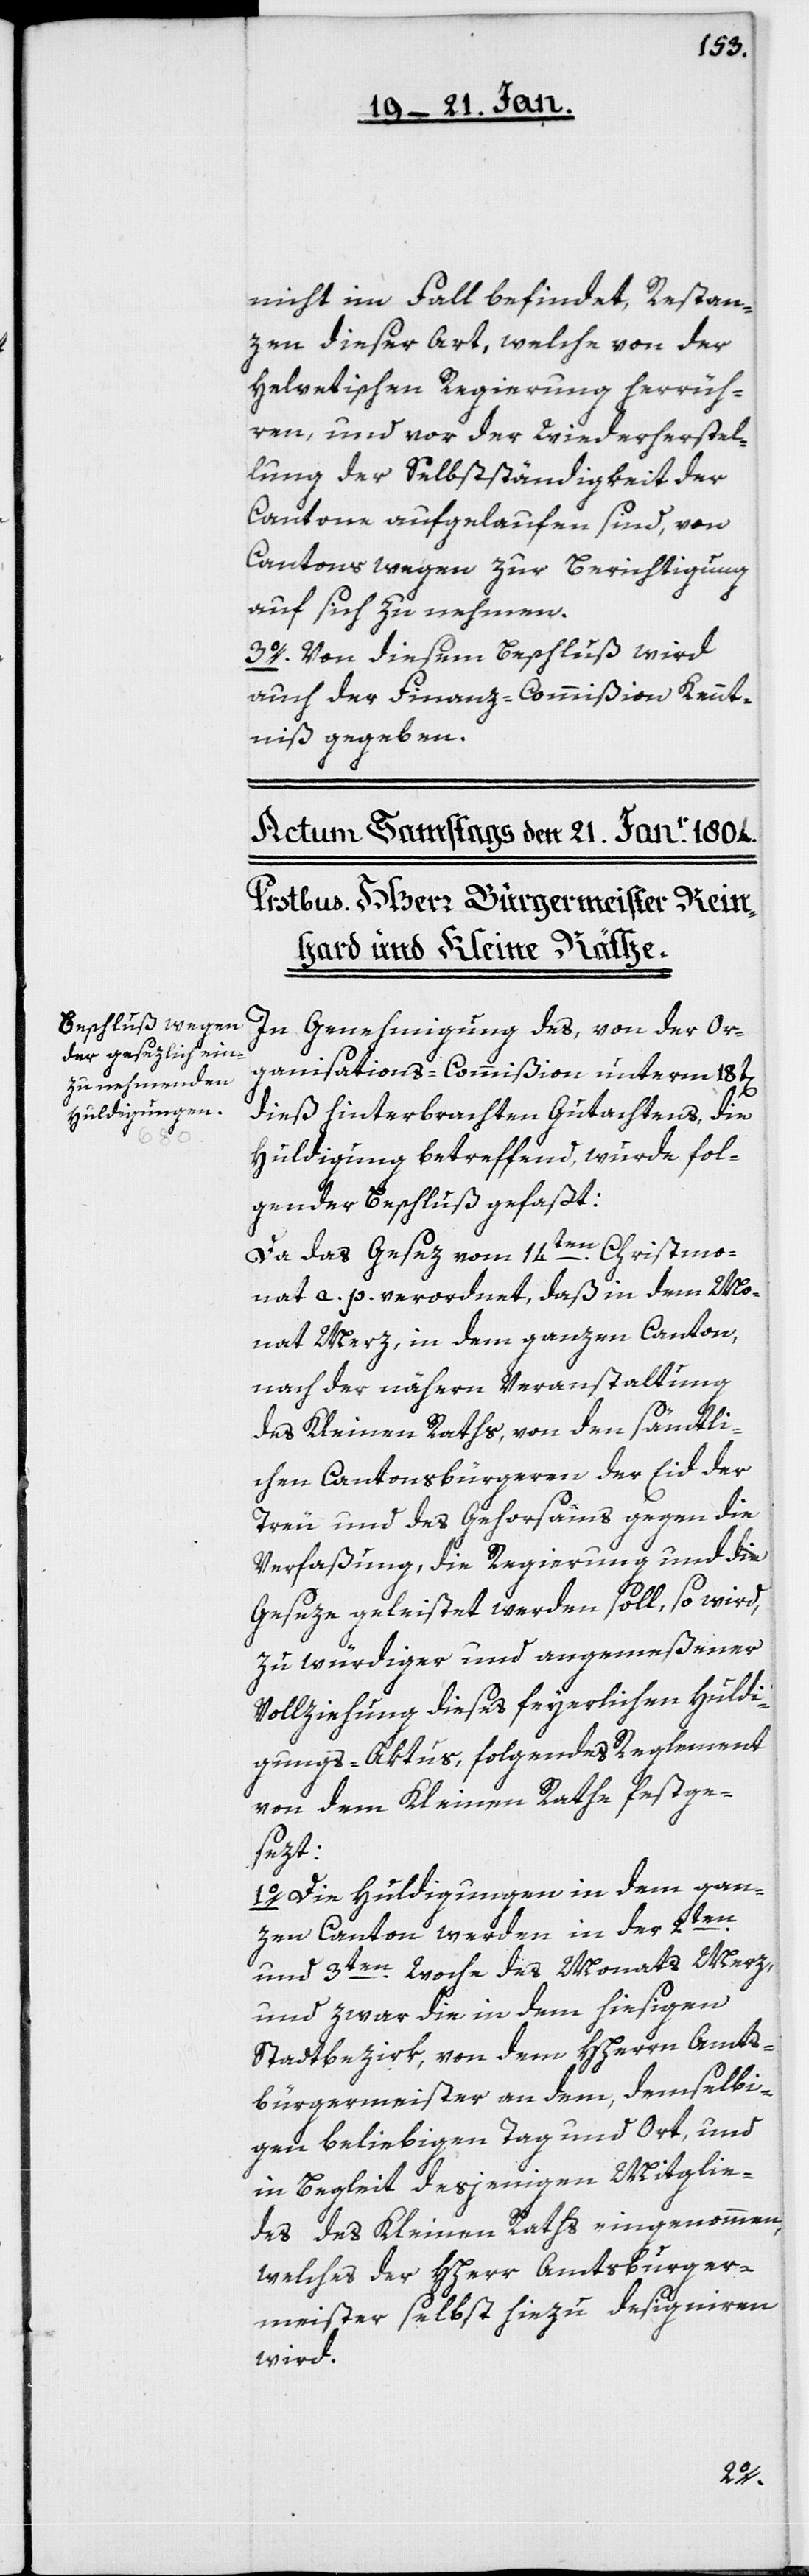
nicht im Fall befindet, Restan¬
zen dieser Art, welche von der
Helvetischen Regierung herrüh¬
ren, und vor der Wiederherstel¬
lung der Selbständigkeit der
Cantone aufgelaufen sind, von
Cantons wegen zur Berichtigung
auf sich zu nehmen.
3o. Von diesem Beschluß wird
auch der Finanz-Commißion Kennt¬
niß gegeben.
In Genehmigung des, von der Or¬
ganisations-Commißion unterm 18t[en]
dieß hinterbrachten Gutachtens, die
Huldigung betreffend, wurde fol¬
gender Beschluß gefaßt:
Da das Gesez vom 14ten. Christmo¬
nat a. p. verordnet, daß in dem Mo¬
nat Merz, in dem ganzen Canton,
nach der nähern Veranstaltung
des Kleinen Raths, von den sämtli¬
chen Cantonsbürgeren der Eid der
Treu und des Gehorsams gegen die
Verfaßung, die Regierung und die
Geseze geleistet werden soll, so wird,
zu würdiger und angemeßener
Vollziehung dieses feyerlichen Huldi¬
gungs-Aktus, folgendes Reglement
von dem Kleinen Rathe festge¬
sezt:
1o. Die Huldigungen in dem gan¬
zen Canton werden in der 2ten.
und 3ten. Woche des Monats Merz,
und zwar die in dem hießigen
Stadtbezirk, von dem HHerrn Amts¬
bürgermeister an dem, demselbi¬
gen beliebigen Tag und Ort, und
in Begleit desjenigen Mitglie¬
des des Kleinen Raths eingenommen,
welches der HHerr Amtsburger¬
meister selbst hiezu designieren
wird.